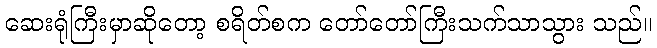
ဆေးရုံကြီးမှာဆိုတော့ စရိတ်စက တော်တော်ကြီးသက်သာသွား သည်။